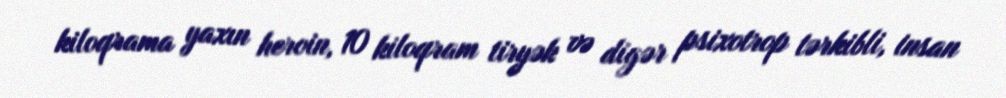
kiloqrama yaxın heroin, 10 kiloqram tiryək və digər psixotrop tərkibli, insan